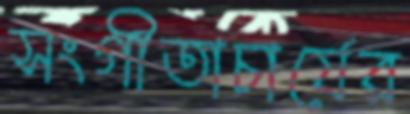
সংগীতাচার্যের